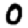
Digit: 0